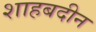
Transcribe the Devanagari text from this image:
शाहबदीन